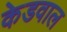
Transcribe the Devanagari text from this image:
केडवाल